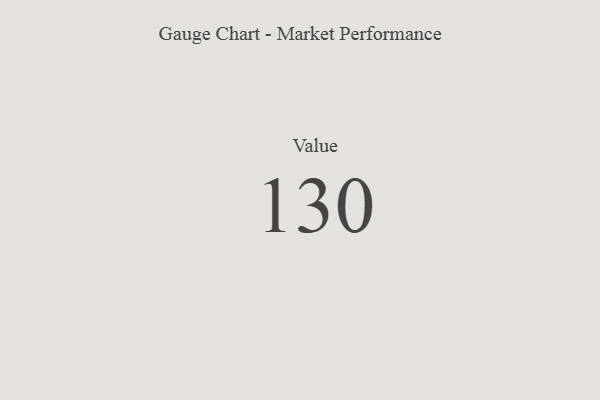
{"axis": {"x": "Metric", "y": "Value"}, "legend": [""], "data": [{"x": "Value", "y": 130, "type": ""}]}